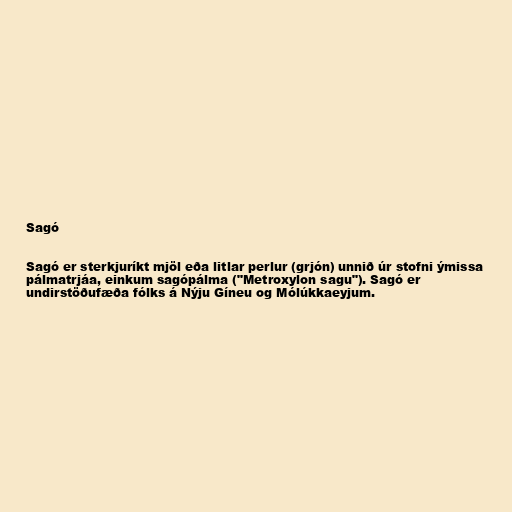
Sagó

Sagó er sterkjuríkt mjöl eða litlar perlur (grjón) unnið úr stofni ýmissa
pálmatrjáa, einkum sagópálma ("Metroxylon sagu"). Sagó er
undirstöðufæða fólks á Nýju Gíneu og Mólúkkaeyjum.